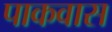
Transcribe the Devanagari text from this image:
पाकवास